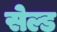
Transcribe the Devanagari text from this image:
सेल्ड